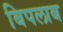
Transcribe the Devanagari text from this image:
बिपलाब